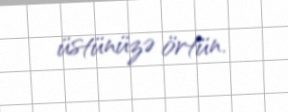
üstünüzə örtün.